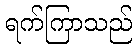
ရက်ကြာသည်